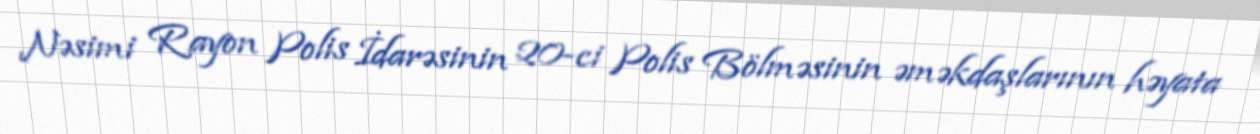
Nəsimi Rayon Polis İdarəsinin 20-ci Polis Bölməsinin əməkdaşlarının həyata